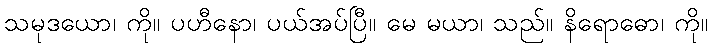
သမုဒယော၊ ကို။ ပဟီနော၊ ပယ်အပ်ပြီ။ မေ မယာ၊ သည်။ နိရောဓော၊ ကို။